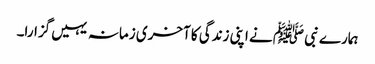
ہمارے نبی ﷺ نے اپنی زندگی کا آخری زمانہ یہیں گزارا۔